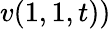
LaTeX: v(1,1,t))